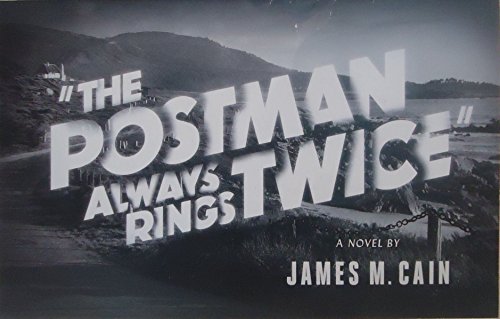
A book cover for The Postman Always Rings Twice; James M. Cain; Mystery, Thriller & Suspense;